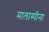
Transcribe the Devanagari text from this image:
मालास्पीना